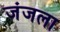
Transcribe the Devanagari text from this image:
जंजला